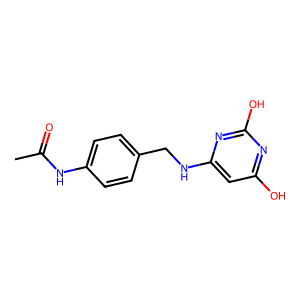
SMILES: CC(=O)Nc1ccc(CNc2cc(O)nc(O)n2)cc1
Inhibits HIV replication: No